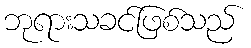
ဘုရားသခင်ဖြစ်သည်